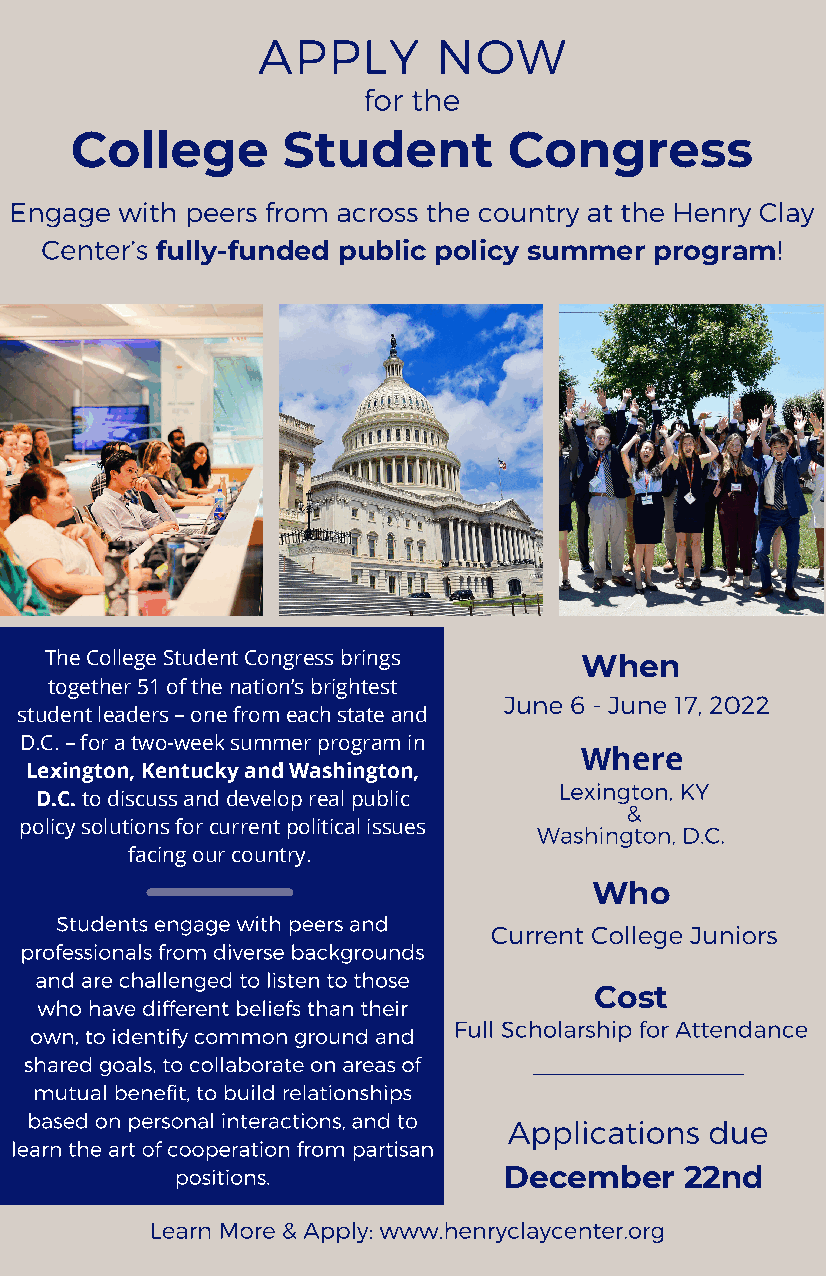
APPLY       NOW
 for the
 College       Student        Congress
 Engage with peers from across the country at the Henry Clay
 Center’s                                        !
 fully-funded public policy summer program
 The College Student Congress brings When
 together 51 of the nation’s brightest
 June 6 - June 17, 2022
 student leaders – one from each state and
 D.C. – for a two-week summer program in
 Where
 Lexington, Kentucky and Washington,
 Lexington, KY
 D.C. to discuss and develop real public
 &
 policy solutions for current political issues Washington, D.C.
 facing our country.
 Who
 Students engage with peers and
 Current College Juniors
 professionals from d iverse backgrounds
 and are challenged to listen to those
 Cost
 who have different beliefs than their
 Full Scholarship for Attendance
 own, to identify common ground and
 shared goals, to collaborate on areas of
 mutual benefit, to build relationships
 based on personal interactions, and to Applications due
 learn the art of cooperation from partisan
 positions.           December    22nd
 Learn More & Apply: www.henryclaycenter.org